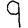
Digit: 9